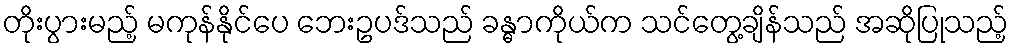
တိုးပွားမည့် မကုန်နိုင်ပေ ဘေးဥပဒ်သည် ခန္ဓာကိုယ်က သင်တွေ့ချိန်သည် အဆိုပြုသည့်